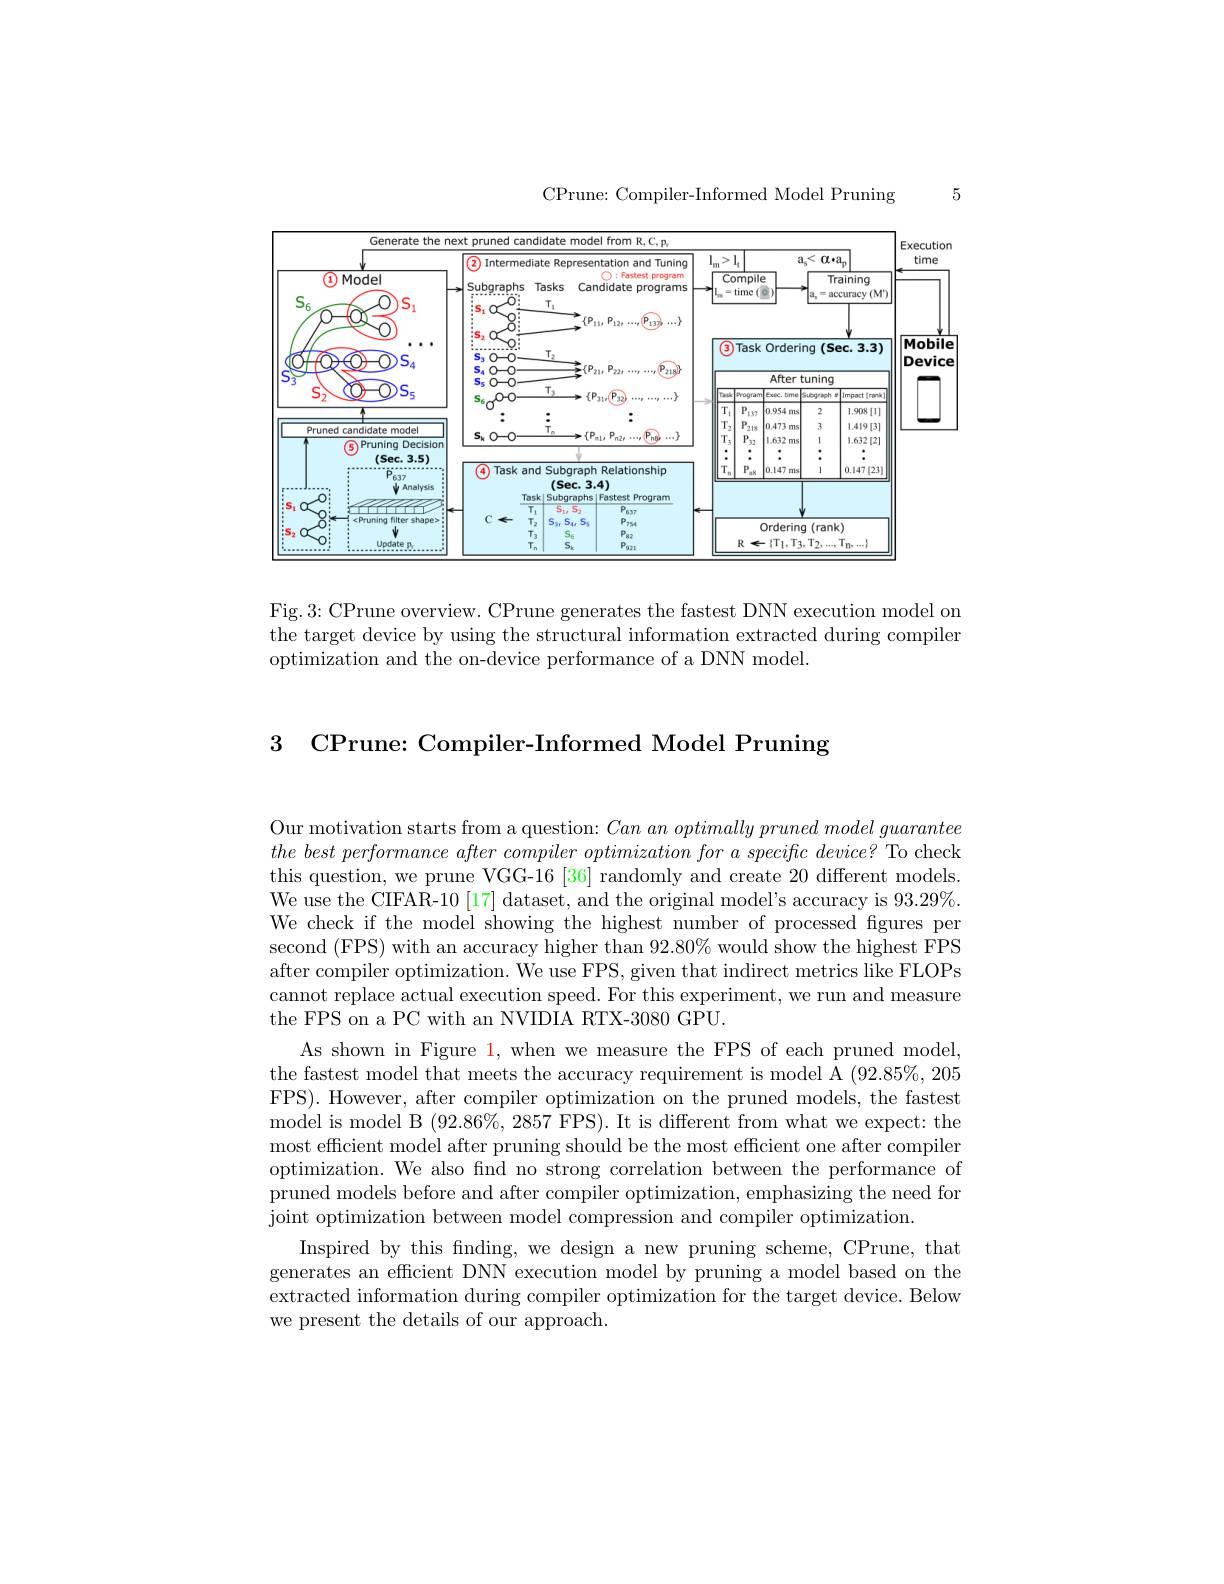
CPrune: Compiler-Informed Model Pruning

5

<FigureHere>

Fig.3: CPrune overview. CPrune generates the fastest DNN execution model on the target device by using the structural information extracted during compiler optimization and the on-device performance of a DNN model.

3 CPrune: Compiler-Informed Model Pruning

Our motivation starts from a question: $Can\textit{an optimally pruned model guarantee}$ $the\textit{ best performance after compiler optimization for a specific device? To check}$ this question, we prune VGG-16 [36] randomly and create 20 different models. We use the CIFAR-10 [17] dataset, and the original model's accuracy is 93.29%. We check if the model showing the highest number of processed figures per second (FPS) with an accuracy higher than 92.80% would show the highest FPS after compiler optimization. We use FPS, given that indirect metrics like FLOPs cannot replace actual execution speed. For this experiment, we run and measure the FPS on a PC with an NVIDIA RTX-3080 GPU.
As shown in Figure 1, when we measure the FPS of each pruned model, the fastest model that meets the accuracy requirement is model A $(92.85\%,205$ FPS). However, after compiler optimization on the pruned models, the fastest model is model B $(92.86\%,2857$ FPS).It is different from what we expect: the most efficient model after pruning should be the most efficient one after compiler optimization. We also find no strong correlation between the performance of pruned models before and after compiler optimization, emphasizing the need for joint optimization between model compression and compiler optimization.
Inspired by this finding, we design a new pruning scheme, CPrune, that generates an efficient DNN execution model by pruning a model based on the extracted information during compiler optimization for the target device. Below we present the details of our approach.